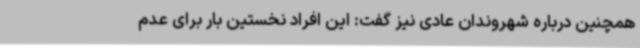
همچنین درباره شهروندان عادی نیز گفت: این افراد نخستین بار برای عدم